Report on horse surra - Volume I
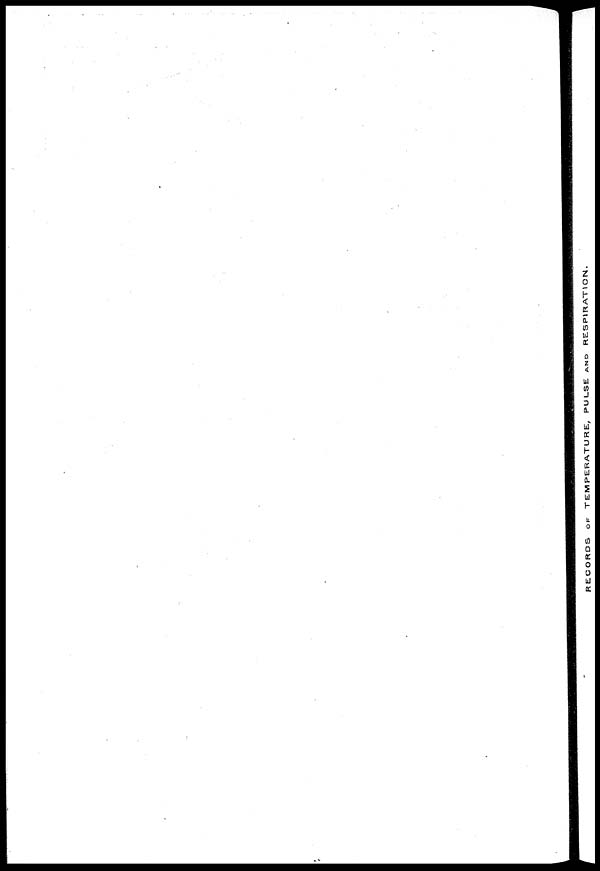
RECORDS OF TEMPERATURE, PULSE AND RESPIRATION.